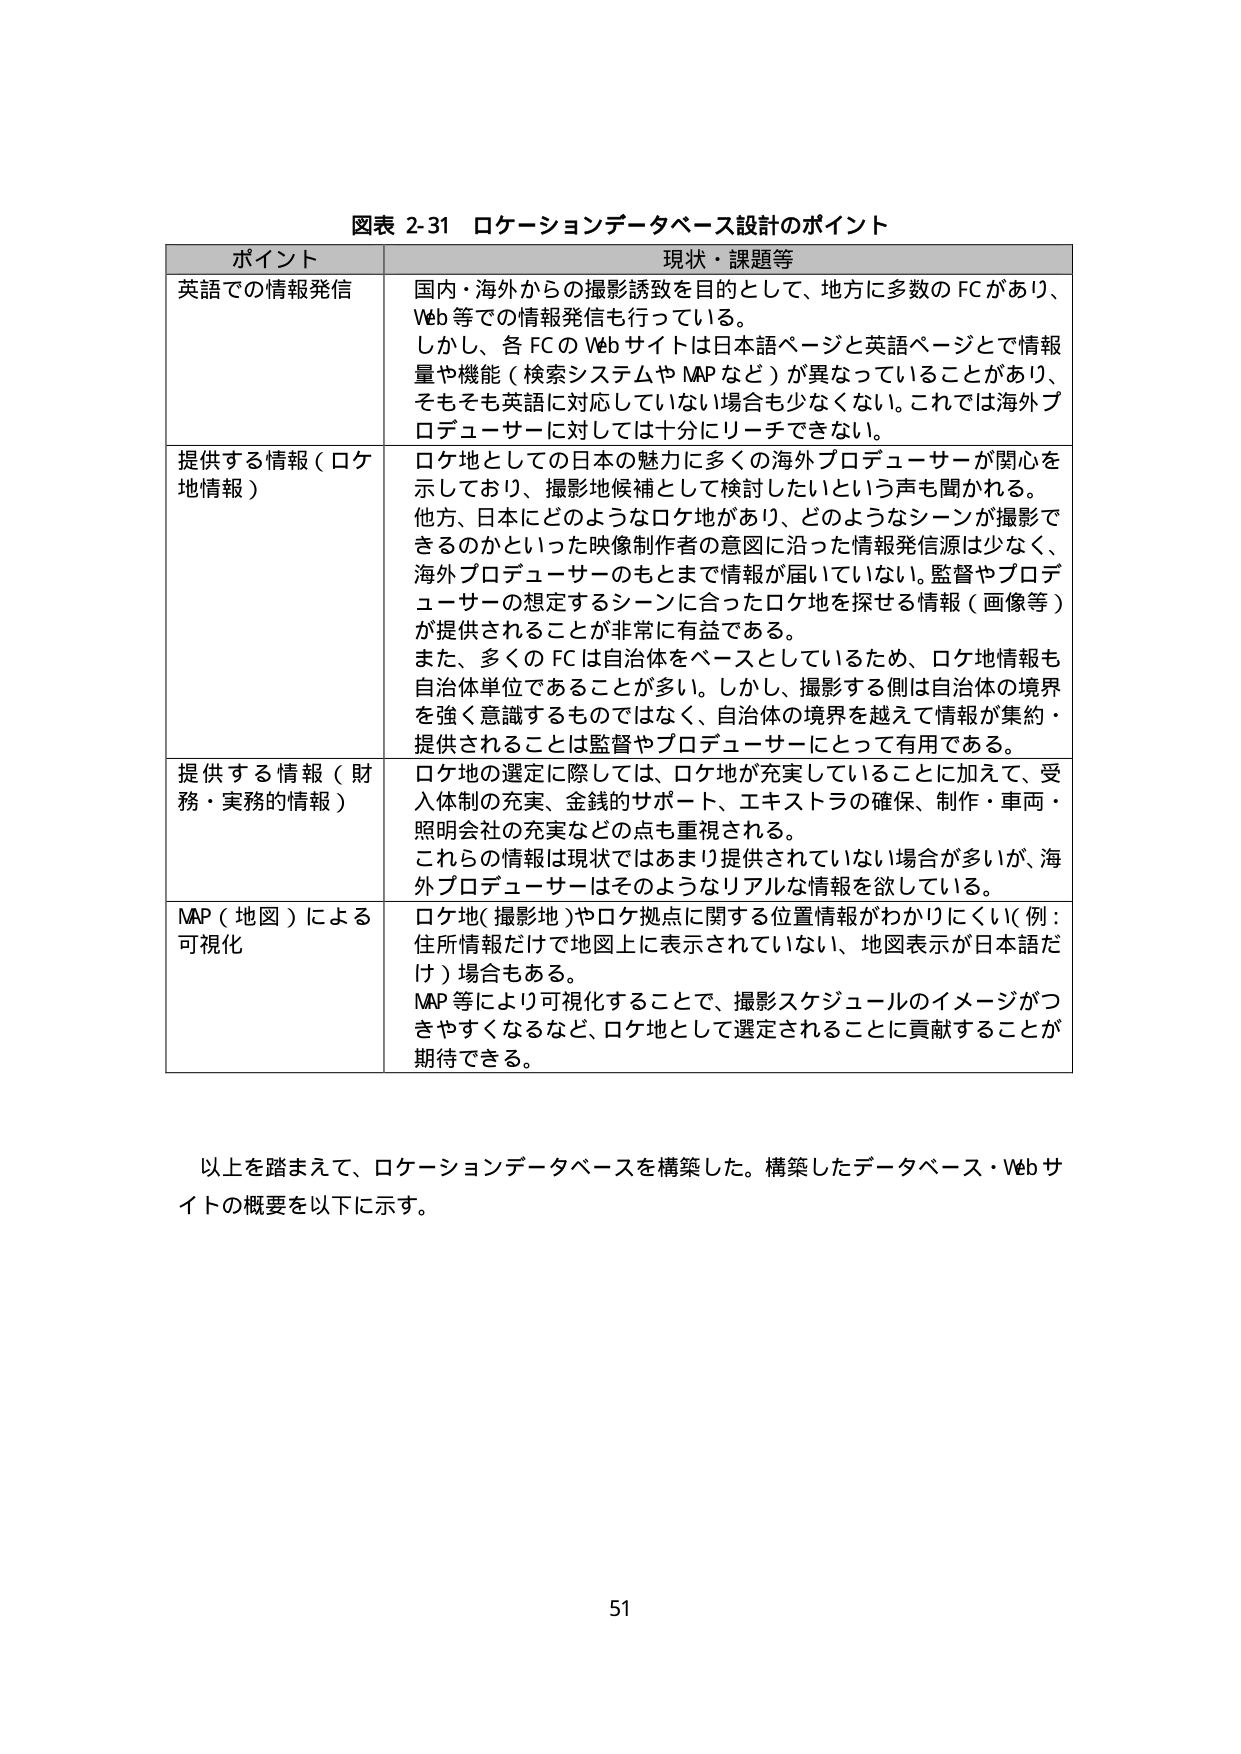
図表 2-31 ロケーションデータベース設計のポイント

ポイント 現状・課題等

英語での情報発信 国内・海外からの撮影誘致を目的として、地方に多数の FC があり、 Web 等での情報発信も行っている。 しかし、各 FC の Web サイトは日本語ページと英語ページとで情報量や機能（検索システムや MAP など）が異なっていることがあり、 そもそも英語に対応していない場合も少なくない。これでは海外プロデューサーに対しては十分にリーチできない。

提供する情報（ロケ地情報） ロケ地としての日本の魅力に多くの海外プロデューサーが関心を示しており、撮影地候補として検討したいという声も聞かれる。 他方、日本にどのようなロケ地があり、どのようなシーンが撮影できるのかといった映像制作者の意図に沿った情報発信源は少なく、 海外プロデューサーのもとまで情報が届いていない。監督やプロデューサーの想定するシーンに合ったロケ地を探せる情報（画像等）が提供されることが非常に有益である。 また、多くの FC は自治体をベースとしているため、ロケ地情報も自治体単位であることが多い。しかし、撮影する側は自治体の境界を強く意識するものではなく、自治体の境界を越えて情報が集約・提供されることは監督やプロデューサーにとって有用である。

提供する情報（財務・実務的情報） ロケ地の選定に際しては、ロケ地が充実していることに加えて、受入体制の充実、金銭的サポート、エキストラの確保、制作・車両・照明会社の充実などの点も重視される。 これらの情報は現状ではあまり提供されていない場合が多いが、海外プロデューサーはそのようなリアルな情報を欲している。

MAP（地図）による可視化 ロケ地（撮影地）やロケ拠点に関する位置情報がわかりにくい（例：住所情報だけで地図上に表示されていない、地図表示が日本語だけ）場合もある。 MAP 等により可視化することで、撮影スケジュールのイメージがつきやすくなるなど、ロケ地として選定されることに貢献することが期待できる。

以上を踏まえて、ロケーションデータベースを構築した。構築したデータベース・Web サイトの概要を以下に示す。

51